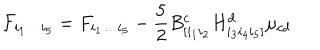
LaTeX: { \cal F } _ { i _ { 1 } \dots i _ { 5 } } = F _ { i _ { 1 } \dots i _ { 5 } } - \frac { 5 } { 2 } B _ { [ i _ { 1 } i _ { 2 } } ^ { c } H _ { i _ { 3 } i _ { 4 } i _ { 5 } ] } ^ { d } \mu _ { c d }